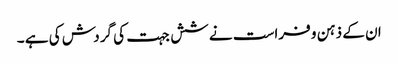
ان کے ذہن و فراست نے شش جہت کی گردش کی ہے ۔